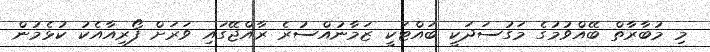
މި މުބާރާތް ބޭއްވުމުގެ މަގުސަދަކީ ބައްޓަކީ ޒަމާނުއްސުރެ ރާއްޖޭގައި ވަރަށް ފޯރިއާއެކު ކުޅެމުން